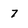
Character: 7